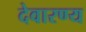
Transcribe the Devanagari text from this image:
देवारण्य